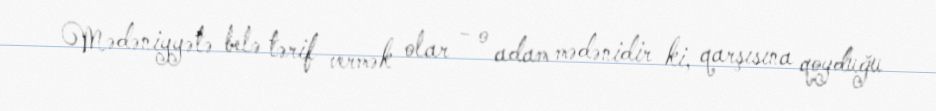
Mədəniyyətə belə tərif vermək olar - o adam mədənidir ki, qarşısına qoyduğu